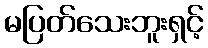
မပြတ်သေးဘူးရှင့်